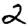
Digit: 2